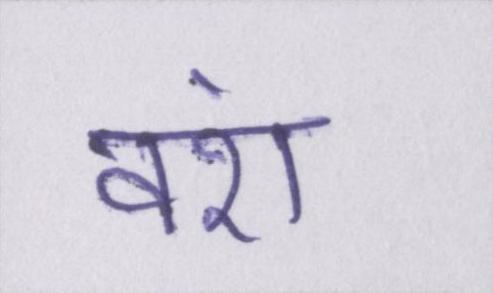
वंश